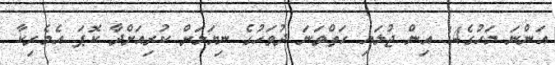
އަންނަ މަހުގެ14 އިން ޖުލައި ހަތްވަނަ ދުވަހުގެ ނިޔަލަށް ކުރިއަށްދާ ކޮޕަ އެމެރިކާ